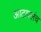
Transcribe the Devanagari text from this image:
आटापलंच